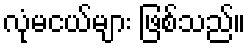
လုံမငယ်များ ဖြစ်သည်။